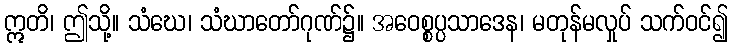
ဣတိ၊ ဤသို့။ သံဃေ၊ သံဃာတော်ဂုဏ်၌။ အဝေစ္စပ္ပသာဒေန၊ မတုန်မလှုပ် သက်ဝင်၍